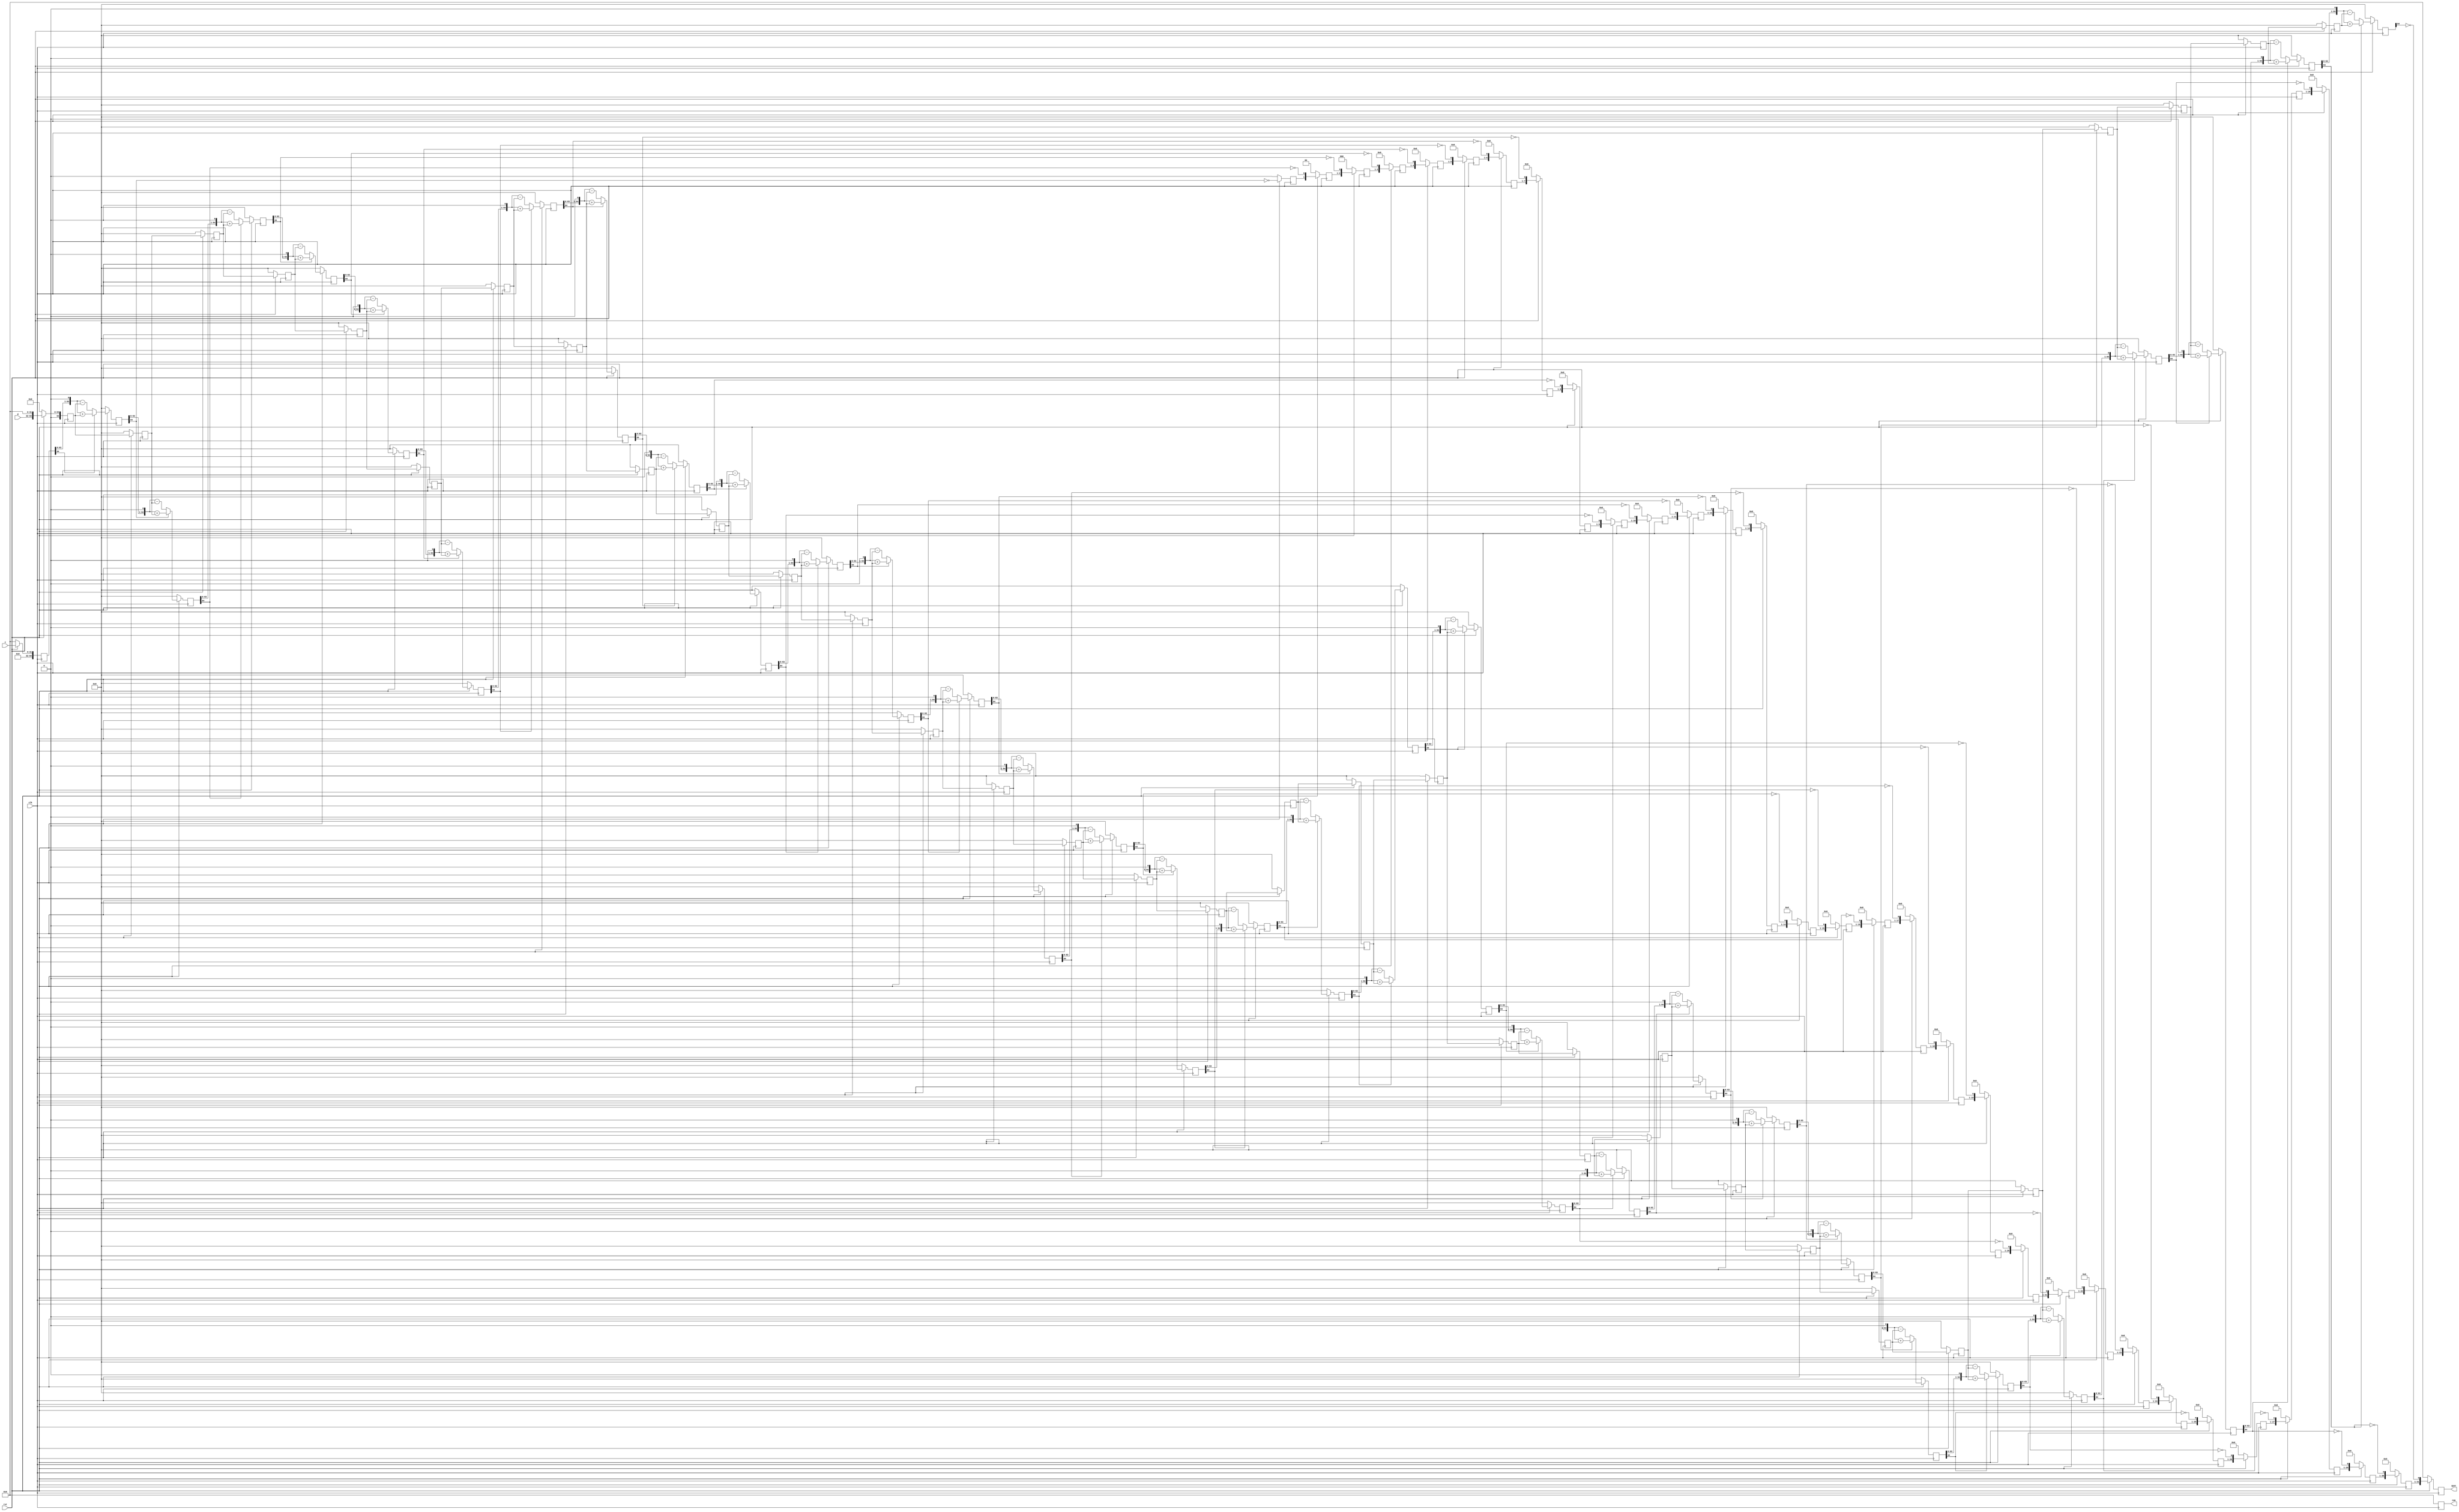
// This program was cloned from: https://github.com/combinatorylogic/soc
// License: MIT License

// A pipelined non-restoring integer division,
// output is valid in WIDTH + 1 clock cycles.
//
// WIDTH: input width
module div_pipelined(clk, rst, z, d,
                     quot, rem);
   parameter  WIDTH = 32;
   
   localparam ZBITS = WIDTH*2;
   localparam DBITS = ZBITS / 2;
	
   input clk;
   input rst;
   input [WIDTH -1:0] z;
   input [DBITS -1:0] d;
   output [DBITS -1:0] quot;
   output [DBITS -1:0] rem;
   reg [DBITS-1:0]     quot;
   reg [DBITS-1:0]     rem;

   function [ZBITS:0] remainder;
      input [ZBITS:0]  rem_i; input [ZBITS:0]  d_i;
      begin
	 remainder = (rem_i[ZBITS])?({rem_i[ZBITS-1:0], 1'b0} + d_i):
	                            ({rem_i[ZBITS-1:0], 1'b0} - d_i);
      end
   endfunction // remainder
   
   function [DBITS-1:0] remainder_final;
      input [ZBITS:0] rem_i; input [ZBITS:0] d_i;
      begin
	 remainder_final = (rem_i[ZBITS]?(rem_i + d_i):rem_i);
      end
   endfunction // remainder_final
                     

   function [DBITS-1:0] quotient;
      input [DBITS-1:0] quot_i; input [ZBITS:0] rem_i;
      begin
	 quotient = {quot_i[DBITS-2:0], ~rem_i[ZBITS]};
      end
   endfunction

   reg [ZBITS:0]   d_stage  [DBITS:0];
   reg [DBITS-1:0] quot_stage  [DBITS:0];
   reg [ZBITS:0]   rem_stage  [DBITS:0];

   wire [ZBITS:0]  rem_next;
   assign rem_next = remainder_final(rem_stage[DBITS], d_stage[DBITS]);

   integer         stage, stage0;
   
   always @(posedge clk)
     if (!rst) begin
        quot <= 0;
        rem <= 0;
        for (stage=0; stage <=DBITS; stage=stage+1) begin
           rem_stage[stage] <= 0;
           quot_stage[stage] <= 0;
           d_stage[stage] <= 0;
        end
     end  else begin
        d_stage[0] <= { 1'b0, d, { (ZBITS-DBITS){1'b0} } };
        rem_stage[0] <= z;
        quot_stage[0] <= 0; quot_stage[1] <= 0;
        
        for(stage0=1; stage0 <= DBITS; stage0=stage0+1) begin
           if (stage0>1)
	     quot_stage[stage0] <= quotient(quot_stage[stage0-1], rem_stage[stage0-1]);
           d_stage[stage0] <= d_stage[stage0-1];
	   rem_stage[stage0] <= remainder(rem_stage[stage0-1], d_stage[stage0-1]);
        end

	quot <= quotient(quot_stage[DBITS], rem_stage[DBITS]);
	  rem <= rem_next[ZBITS-1:ZBITS-DBITS];
     end // else: !if(!rst)
      
endmodule